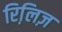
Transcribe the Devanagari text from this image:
रिलि़ज़